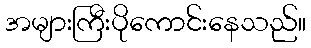
အများကြီးပိုကောင်းနေသည်။